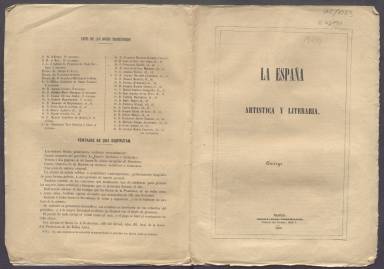
Título: La España artística y literaria
Colección: Cultura
Ámbito geográfico: Madrid
Lugar de publicación: Madrid
Fechas: 16/03/1856-16/03/1856